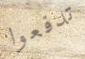
تدفعوا